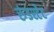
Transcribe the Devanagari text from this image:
रुंडश्टेट